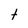
Character: t